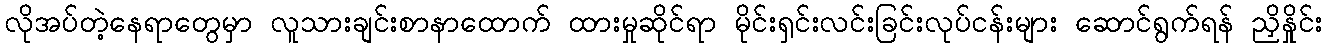
လိုအပ်တဲ့နေရာတွေမှာ လူသားချင်းစာနာထောက် ထားမှုဆိုင်ရာ မိုင်းရှင်းလင်းခြင်းလုပ်ငန်းများ ဆောင်ရွက်ရန် ညှိနှိုင်း